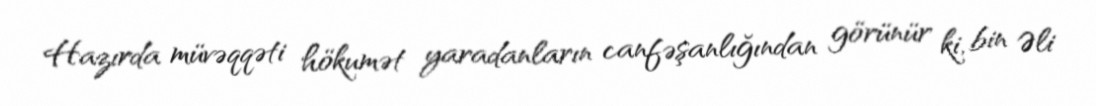
Hazırda müvəqqəti hökumət yaradanların canfəşanlığından görünür ki, bin Əli